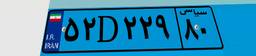
۵۲D۲۲۹۸۰